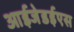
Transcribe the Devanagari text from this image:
आईजेडईएस